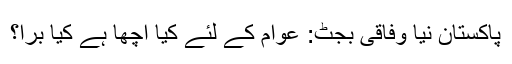
پاکستان نیا وفاقی بجٹ: عوام کے لئے کیا اچھا ہے کیا برا؟